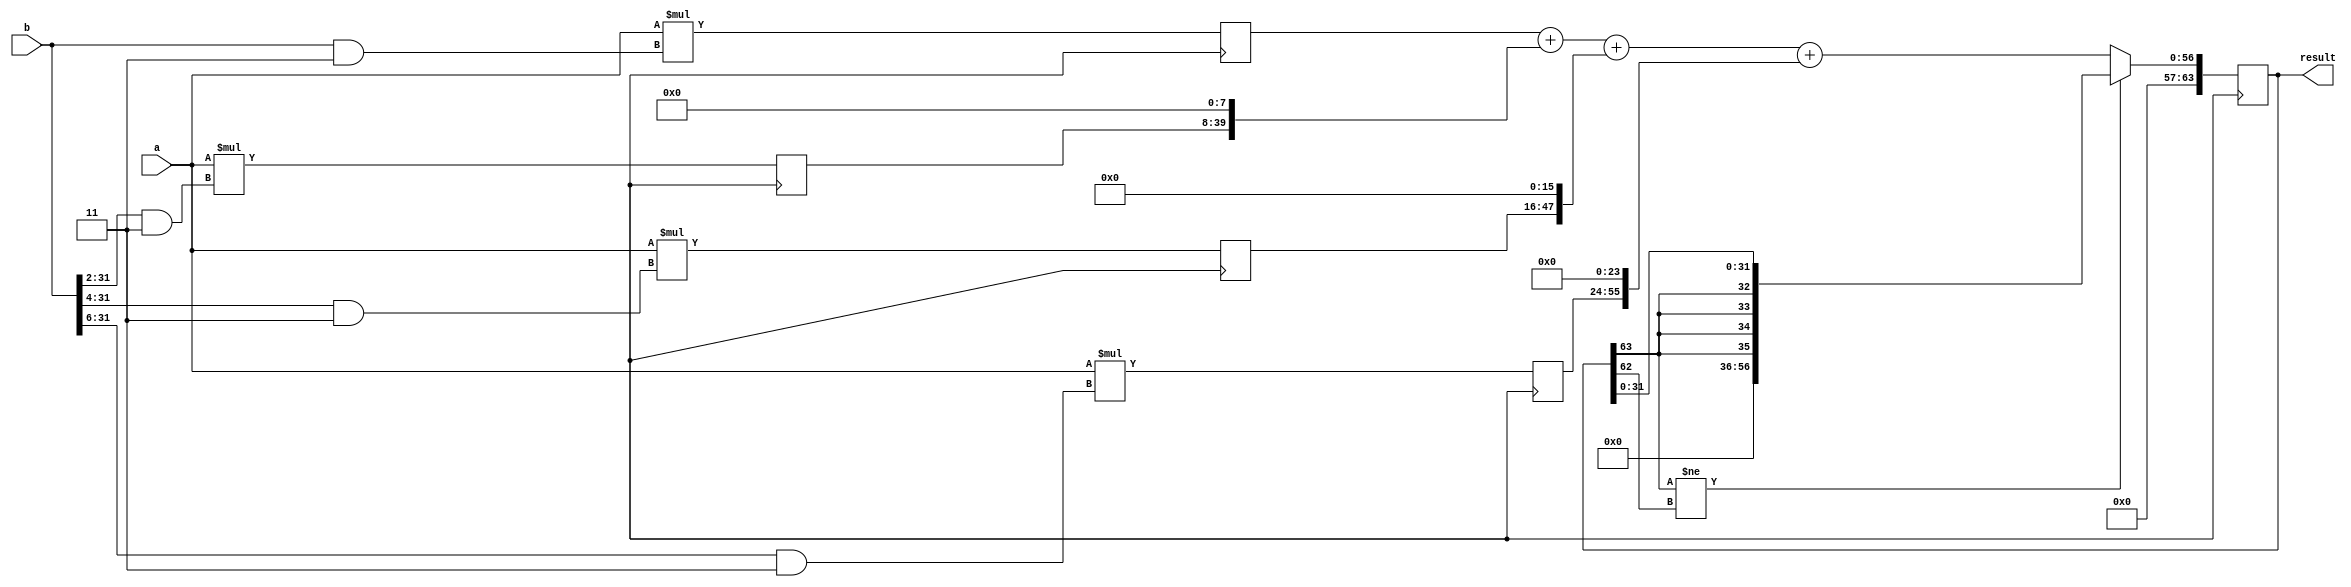
module Radix4Multiplier (
    input wire [31:0] a, b,
    output reg [63:0] result
);

reg [31:0] partial_products [3:0];

always @ (posedge clk) begin
    partial_products[0] <= a * (b & 3'b11);
    partial_products[1] <= a * (b >> 2 & 3'b11);
    partial_products[2] <= a * (b >> 4 & 3'b11);
    partial_products[3] <= a * (b >> 6 & 3'b11);
    
    result <= partial_products[0] + (partial_products[1] << 8) + (partial_products[2] << 16) + (partial_products[3] << 24);
    
    if (result[63] != result[62]) begin
        // handle sign extension
        result <= {result[63], result[63], result[63], result[63], result[31:0]};
    end else begin
        // handle overflow
        if (result[63:32] != 32'b0 || result[31:0] != 32'b0) begin
            // handle overflow
        end
    end
end

endmodule